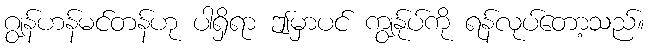
ဂျွန်ဟန်မင်တန်ဟု ပါရှိရာ ဤမှာပင် ကျွန်ုပ်ကို ရန်လုပ်တော့သည်။